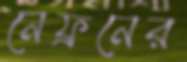
নেফ্রনের